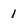
Character: 1